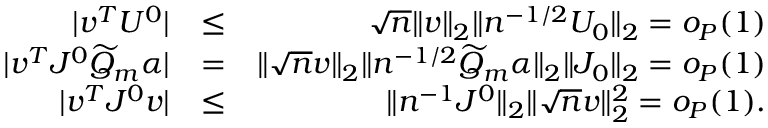
\begin{array} { r l r } { | v ^ { T } U ^ { 0 } | } & { \leq } & { \sqrt { n } \| v \| _ { 2 } \| n ^ { - 1 / 2 } U _ { 0 } \| _ { 2 } = o _ { P } ( 1 ) } \\ { | v ^ { T } J ^ { 0 } \widetilde { Q } _ { m } \alpha | } & { = } & { \| \sqrt { n } v \| _ { 2 } \| n ^ { - 1 / 2 } \widetilde { Q } _ { m } \alpha \| _ { 2 } \| J _ { 0 } \| _ { 2 } = o _ { P } ( 1 ) } \\ { | v ^ { T } J ^ { 0 } v | } & { \leq } & { \| n ^ { - 1 } J ^ { 0 } \| _ { 2 } \| \sqrt { n } v \| _ { 2 } ^ { 2 } = o _ { P } ( 1 ) . } \end{array}